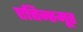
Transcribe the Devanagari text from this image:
एत्तिन्स्मूर